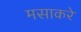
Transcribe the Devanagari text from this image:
मसाकरे